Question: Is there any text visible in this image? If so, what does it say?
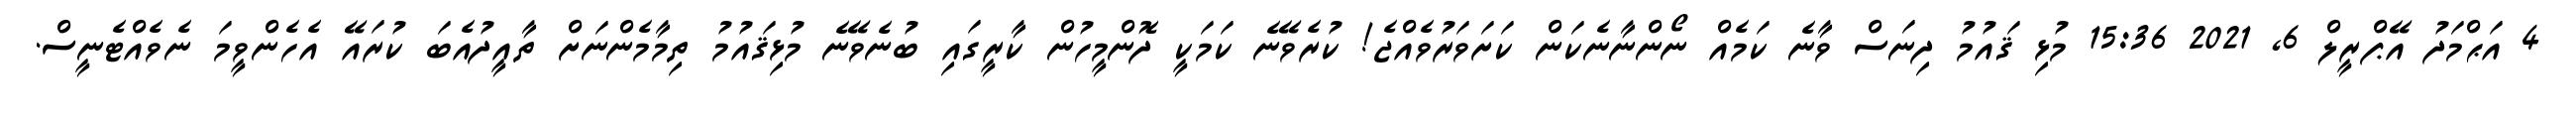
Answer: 4 އަޙްމަދު އޭޕްރީލް 6, 2021 15:36 މުޅި ޤައުމު ދިނަސް ވާނެ ކަމެއް ނޯންނާނެކަން ކަށަވަރުވެއްޖެ! ކުރެވޭނެ ކަމަކީ ދޮންމީހުން ކާރީގައި ބުނެވޭނެ މުޅިޤައުމު ތިމާމެންނަށް ތާއީދުއެބަ ކުރައޭ އެހެންވީމަ ނެވެއްޓެނީސް.